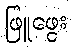
ဖြူဖွေး